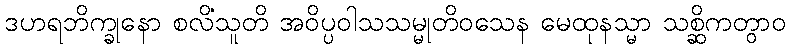
ဒဟရဘိက္ခုနော စလိံသူတိ အဝိပ္ပဝါသသမ္မုတိဝသေန မေထုနသ္မာ သစ္ဆိကတွာဝ